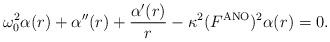
LaTeX: \begin{align*}\omega_0^2\alpha(r) + \alpha''(r) + \frac{\alpha'(r)}{r} - \kappa^2(F^{\rm ANO})^2\alpha(r) = 0.\end{align*}